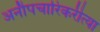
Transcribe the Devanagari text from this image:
अनौपचारिकरीत्या